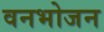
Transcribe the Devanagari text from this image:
वनभोजन